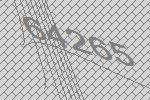
64265